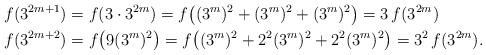
LaTeX: \begin{align*}f(3^{2m+1}) &= f(3\cdot3^{2m}) = f\big((3^m)^2 + (3^m)^2 + (3^m)^2 \big)= 3\,f(3^{2m})\\*f(3^{2m+2}) &= f\big(9 (3^m)^2 \big) = f\big( (3^m)^2 + 2^2(3^m)^2 + 2^2(3^m)^2 \big) = 3^2\,f(3^{2m}).\end{align*}